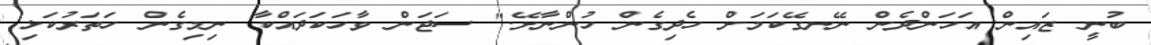
ބުނީ ޒައިން އަހަންދެން ނޭނގޭކަމަށް ހެދިގެން ހުންނާށޭ." ސަޖަން ވާހަކަދައްކާ ނިމިގެން ހަތަރުކަޅި